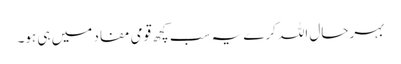
بہرحال اللہ کرے یہ سب کچھ قومی مفاد میں ہی ہو۔